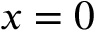
x = 0